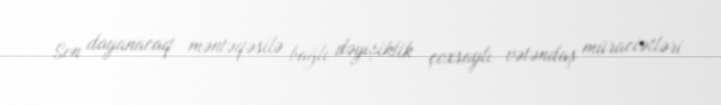
Son dayanacaq məntəqəsilə bağlı dəyişiklik çoxsaylı vətəndaş müraciətləri